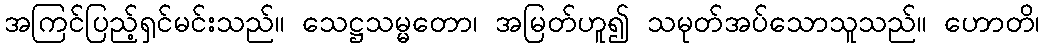
အကြင်ပြည့်ရှင်မင်းသည်။ သေဋ္ဌသမ္မတော၊ အမြတ်ဟူ၍ သမုတ်အပ်သောသူသည်။ ဟောတိ၊